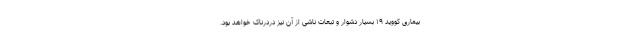
بیماری کووید ۱۹ بسیار دشوار و تبعات ناشی از آن نیز دردرناک خواهد بود.